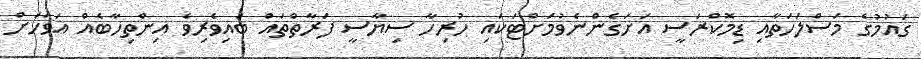
ގައުމުގެ މަސްލަހަތާއި ޑިމޮކްރަސީ އަށަގެންނެވުމަށްޓަކައި ހުރިހާ ސިޔާސީ ފަރާތްތައް ބައިވެރިވެ އިންތިހާބެއް އަވަހަށް